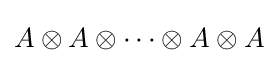
A\otimes A\otimes \cdots \otimes A\otimes A